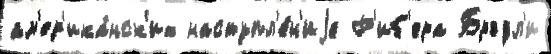
ам'ер'ика́нск'их наступл'е́н'иjе Р'иб'ера Брэдл'и